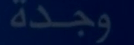
وجدة